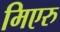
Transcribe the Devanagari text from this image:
मिएरु